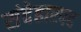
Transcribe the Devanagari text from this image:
संदेहास्‍पद